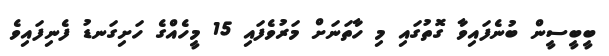
ބީބީސީން ބުނެފައިވާ ގޮތުގައި މި ހާތަނަށް މަރުވެފައި 15 މީހެއްގެ ހަށިގަނޑު ފެނިފައިވެ